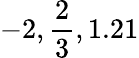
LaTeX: -2,{\frac{2}{3}},1.21